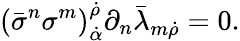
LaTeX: (\bar{\sigma}^{n}\sigma^{m})_{\dot{\alpha}}^{\dot{\rho}}\partial_{n}\bar{\lambda}_{m\dot{\rho}}=0.